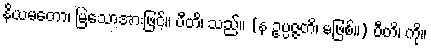
နိယမတော၊ မြဲသောအားဖြင့်။ ပီတိ၊ သည်။ (န ဥပ္ပဇ္ဇတိ၊ မဖြစ်။) ပီတိ၊ ကို။